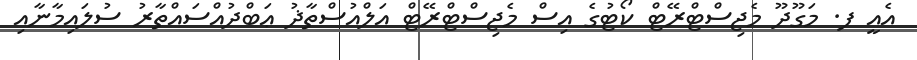
އެއީ ފ. މަގޫދޫ މެޖިސްޓްރޭޓް ކޯޓުގެ އިސް މެޖިސްޓްރޭޓް އަލްއުސްތާޛު ޢަބްދުއްސައްތާރު ސުލައިމާނާއި